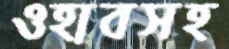
ওহাবসহ